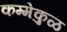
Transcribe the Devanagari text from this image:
कम्मेकुळ